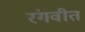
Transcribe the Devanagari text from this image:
रंगवीत